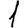
Digit: 1